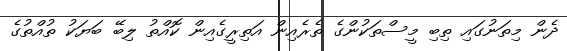
ދެން މިތަނުގައި ތިބި މީސްތަކުންގެ ތެރެއިން އަތިރީގެއިން ކޮއްތު ލިބޭ ބަޔަކު ތުއްތުގެ